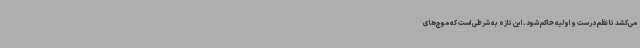
می‌کشد تا نظم درست و اولیه حاکم شود. این تازه به شرطی است که موج‌های